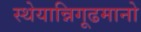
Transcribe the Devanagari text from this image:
स्थेयान्निगूढमानो